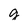
Character: g